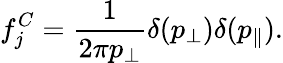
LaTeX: f_{j}^{C}=\frac{1}{2\pi p_{\perp}}\delta(p_{\perp})\delta(p_{\parallel}).